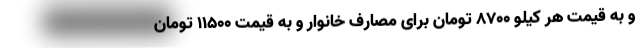
و به قیمت هر کیلو ۸۷۰۰ تومان برای مصارف خانوار و به قیمت ۱۱۵۰۰ تومان